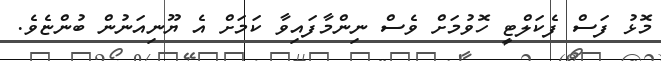
މޮޅު ފަސް ފެކަލްޓީ ހޮވުމަށް ވެސް ނިންމާފައިވާ ކަމަށް އެ ޔޫނިއަނުން ބުންޏެވެ.